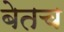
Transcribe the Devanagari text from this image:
बेतच